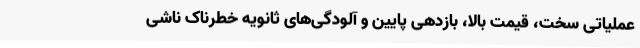
عملیاتی سخت، قیمت بالا، بازدهی پایین و آلودگی‌های ثانویه خطرناک ناشی